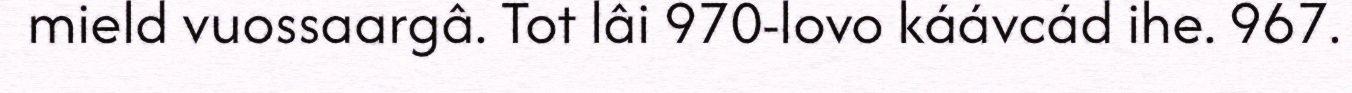
mield vuossaargâ. Tot lâi 970-lovo káávcád ihe. 967.